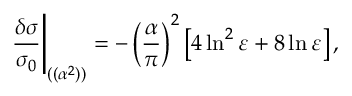
{ \frac { \delta \sigma } { \sigma _ { 0 } } } \Bigg \vert _ { ( ( \alpha ^ { 2 } ) ) } = - \left( { \frac { \alpha } { \pi } } \right) ^ { 2 } \left[ 4 \ln ^ { 2 } \varepsilon + 8 \ln \varepsilon \right] ,